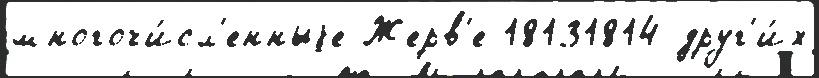
многочи́сл'енныjе Жерв'е 18131814 друг'и́х